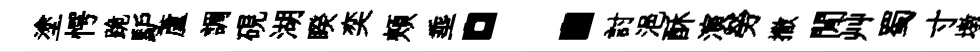
塗愕跪馿蘆調硯湖睽奕頰埀：討浥酥演勞撒閒艸蜀寸墩